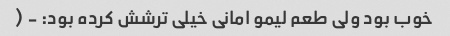
خوب بود ولی طعم لیمو امانی خیلی ترشش کرده بود: - (